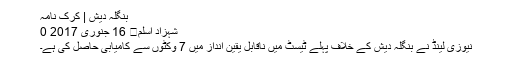
بنگلہ دیش | کرک نامہ
شہزاد اسلم	 16 جنوری 2017 0
نیوزی لینڈ نے بنگلہ دیش کے خلاف پہلے ٹیسٹ میں ناقابلِ یقین انداز میں 7 وکٹوں سے کامیابی حاصل کی ہے۔